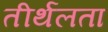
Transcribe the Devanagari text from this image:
तीर्थलता